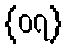
{၀၇}